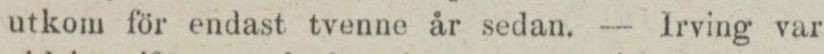
utkom för endast tvenne år sedan. — Irving var